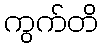
ကွက်တိ